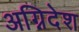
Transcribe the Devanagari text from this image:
अग्निदेश